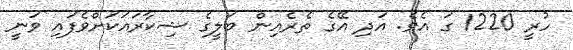
ހުރީ 1220 ގަ އެވެ. އަދި އޭގެ ތެރެއިން ބަލީގެ ޝިކާރައަކަށްވެފައި ވަނީ